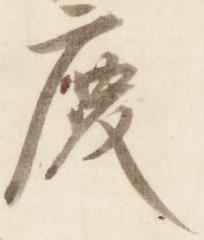
慶